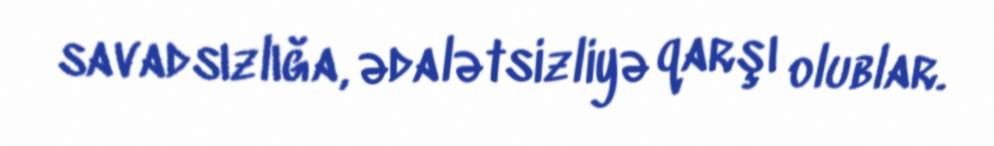
savadsızlığa, ədalətsizliyə qarşı olublar.